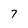
Character: 7